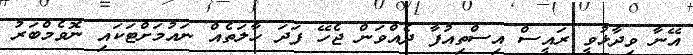
އޭނާ ވިދާޅުވީ ރައީސް އިސްތިއުފާ ދެއްވަން ޖެހޭ ފަދަ ހާލަތެއް ނައުމަށްޓަކައި ނޮވެމްބަރު